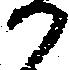
か